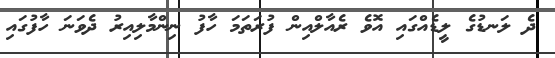
ދެ ލަނޑުގެ ލީޑެއްގައި އޮވެ ރެއާލްއިން ފުރަތަމަ ހާފު ނިންމާލިއިރު ދެވަނަ ހާފުގައި